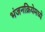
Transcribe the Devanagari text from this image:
भंजनक्रियेमध्ये